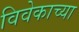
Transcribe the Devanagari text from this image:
विवेकाच्या